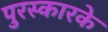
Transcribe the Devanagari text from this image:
पुरस्कारके